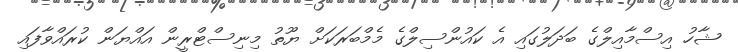
ޝާހު އިސްމާއިލްގެ ބަދަލުގައި އެ ކައުންސިލްގެ މެމްބަރަކަށް ޔޫތު މިނިސްޓްރީން އައްޔަން ކުރައްވާފައި